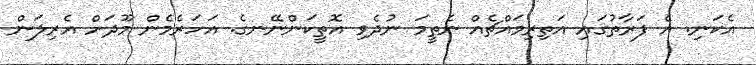
އެކަނި. އެ ފަރާތުގައި އަތިރިމައްޗެއް ނެތީމަ ނުދެވި އޮތީކަންނޭނގެ. އަހަރެމެން މޫދަށް އެރިލަން